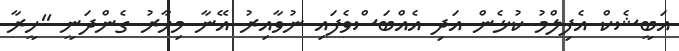
އަބީޝެކް އެފިލްމު ކުޅެން އަދި އެއްބަސްވެފައި ނުވާއިރު އޭނާ މިހާރު ގެންދަނީ ''ހީރާ